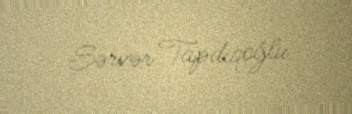
Sərvər Tapdıqoğlu